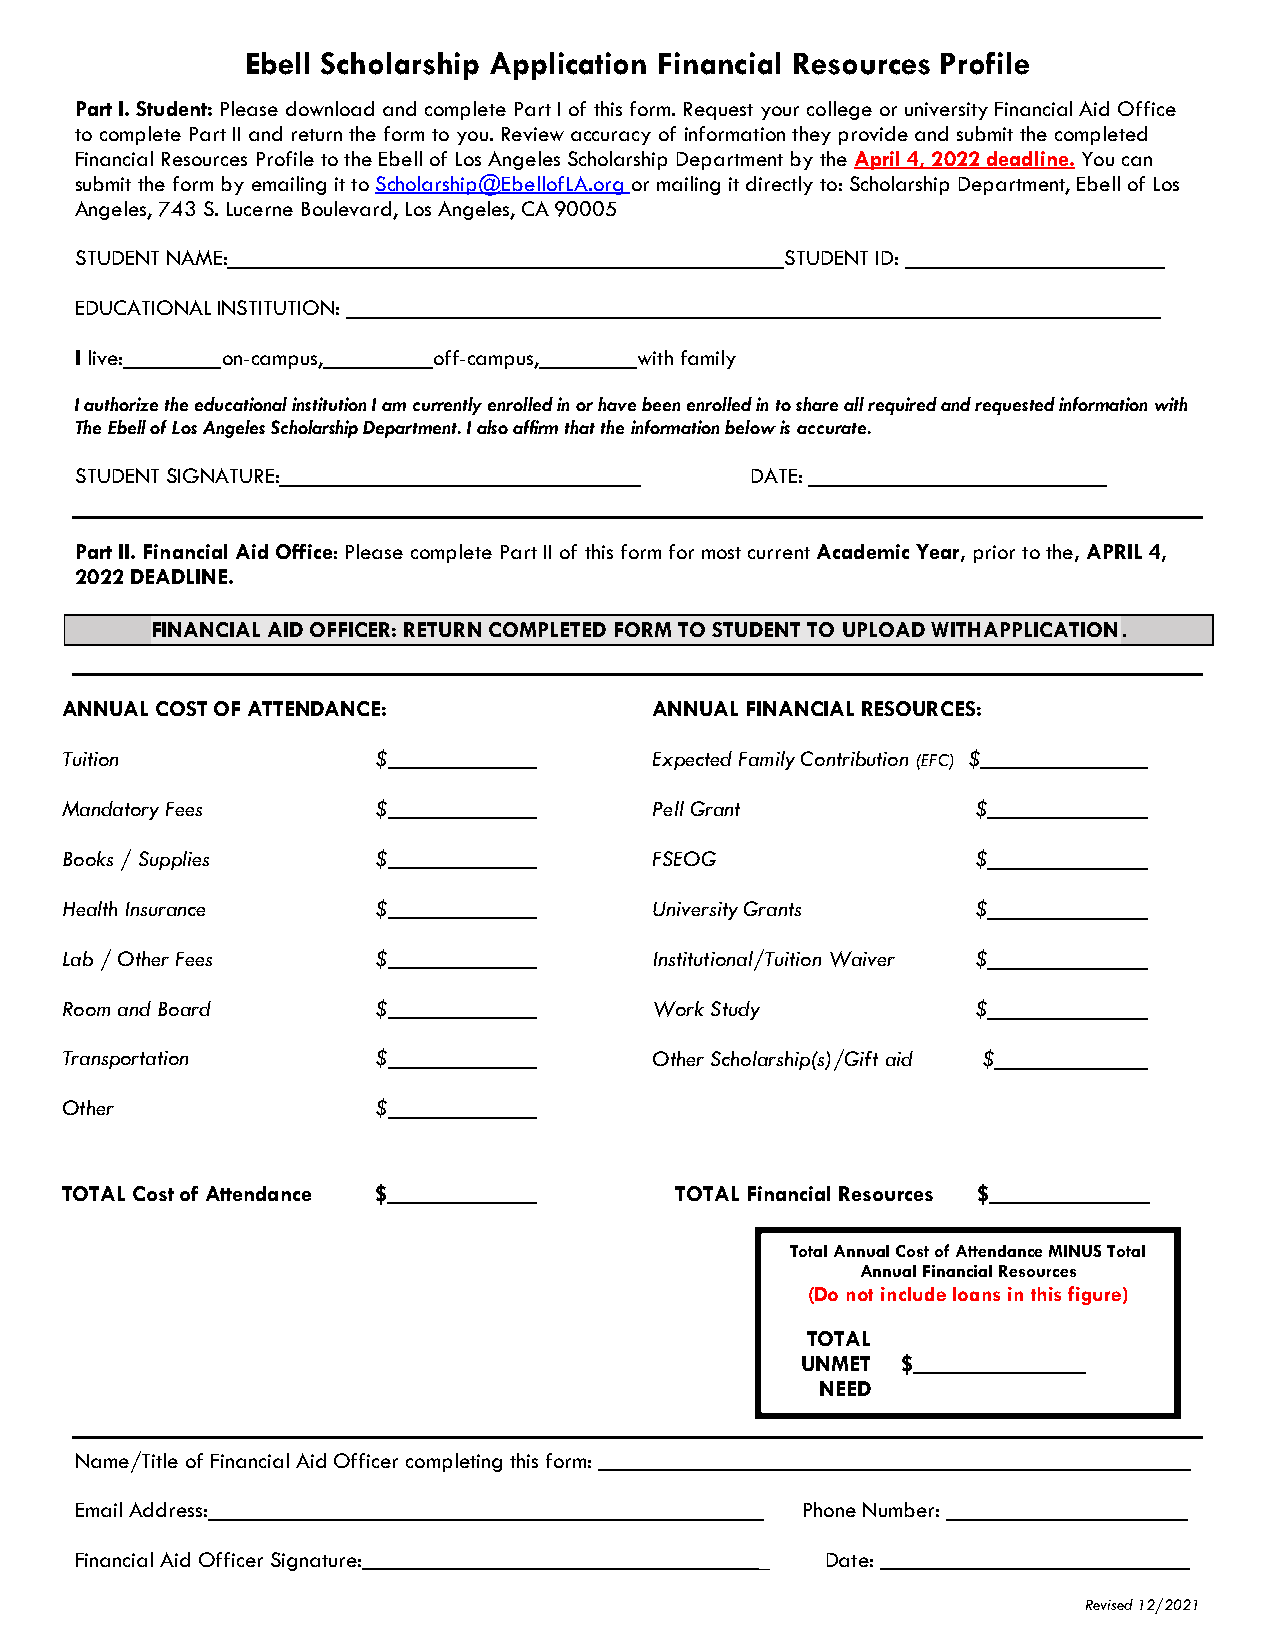
Ebell Scholarship Application Financial Resources Profile
 Part I. Student: Please download and complete Part I of this form. Request your college or university Financial Aid Office
 to complete Part II and return the form to you. Review accuracy of information they provide and submit the completed
 Financial Resources Profile to the Ebell of Los Angeles Scholarship Department by the April 4, 2022 deadline. You can
 submit the form by emailing it to Scholarship@EbellofLA.org or mailing it directly to: Scholarship Department, Ebell of Los
 Angeles, 743 S. Lucerne Boulevard, Los Angeles, CA 90005
 STUDENT NAME:                                  STUDENT ID:
 EDUCATIONAL INSTITUTION:
 I live:   on-campus,    off-campus,  with family
 I authorize the educational institution I am currently enrolled in or have been enrolled in to share all required and requested information with
 The Ebell of Los Angeles Scholarship Department. I also affirm that the information below is accurate.
 STUDENT SIGNATURE:                           DATE:
 Part II. Financial Aid Office: Please complete Part II of this form for most current Academic Year, prior to the, APRIL 4,
 2022 DEADLINE.
 FINANCIAL AID OFFICER: RETURN COMPLETED FORM TO STUDENT TO UPLOAD WITH APPLICATION .
 ANNUAL COST OF ATTENDANCE:             ANNUAL FINANCIAL RESOURCES:
 Tuition              $                 Expected Family Contribution (EFC) $
 Mandatory Fees       $                 Pell Grant            $
 Books / Supplies     $                 FSEOG                 $
 Health Insurance     $                 University Grants     $
 Lab / Other Fees     $                 Institutional/Tuition Waiver $
 Room and Board       $                 Work Study            $
 Transportation       $                 Other Scholarship(s)/Gift aid $
 Other                $
 TOTAL Cost of Attendance $               TOTAL Financial Resources $
 Total Annual Cost of Attendance MINUS Total
 Annual Financial Resources
 (Do not include loans in this figure)
 TOTAL
 UNMET  $
 NEED
 Name/Title of Financial Aid Officer completing this form:
 Email Address:                                  Phone Number:
 Financial Aid Officer Signature:             _    Date:
 Revised 12/2021